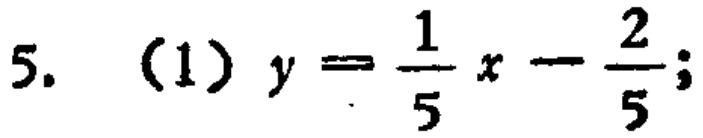
5. (1) \(y = \frac{1}{5}x - \frac{2}{5}\);